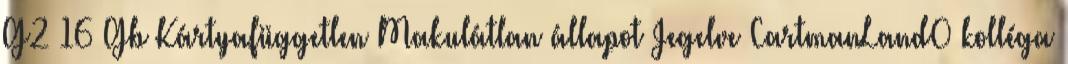
G2 16 Gb Kártyafüggetlen Makulátlan állapot Jegelve CartmanLand0 kolléga